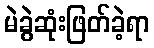
မဲခွဲဆုံးဖြတ်ခဲ့ရာ